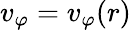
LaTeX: v_{\varphi}=v_{\varphi}(r)